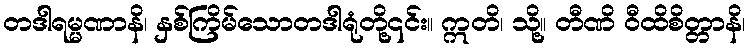
တဒါရမ္မဏာနိ၊ နှစ်ကြိမ်သောတဒါရုံတို့၎င်း။ ဣတိ၊ သို့။ တီဏိ ဝီထိစိတ္တာနိ၊